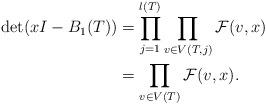
LaTeX: \begin{align*} \det(xI - B_1(T)) &= \prod_{j = 1}^{l(T)} \prod_{v \in V(T, j)} \mathcal{F}(v, x)\\ &= \prod_{v \in V(T)} \mathcal{F}(v, x) . \end{align*}